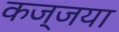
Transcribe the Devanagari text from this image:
कज्जया